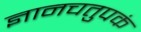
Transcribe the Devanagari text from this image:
ज्ञानचतुपकं